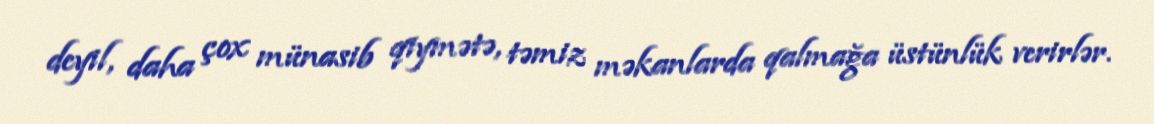
deyil, daha çox münasib qiymətə, təmiz məkanlarda qalmağa üstünlük verirlər.